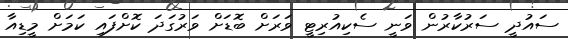
ސައުދީ ސަރުކާރުން ވަނީ ސެކިއުރިޓީ ވަރަށް ބޮޑަށް ވަރުގަދަ ކޮށްފައި ކަމަށް މީޑިއާ